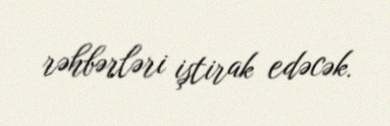
rəhbərləri iştirak edəcək.